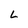
Character: L